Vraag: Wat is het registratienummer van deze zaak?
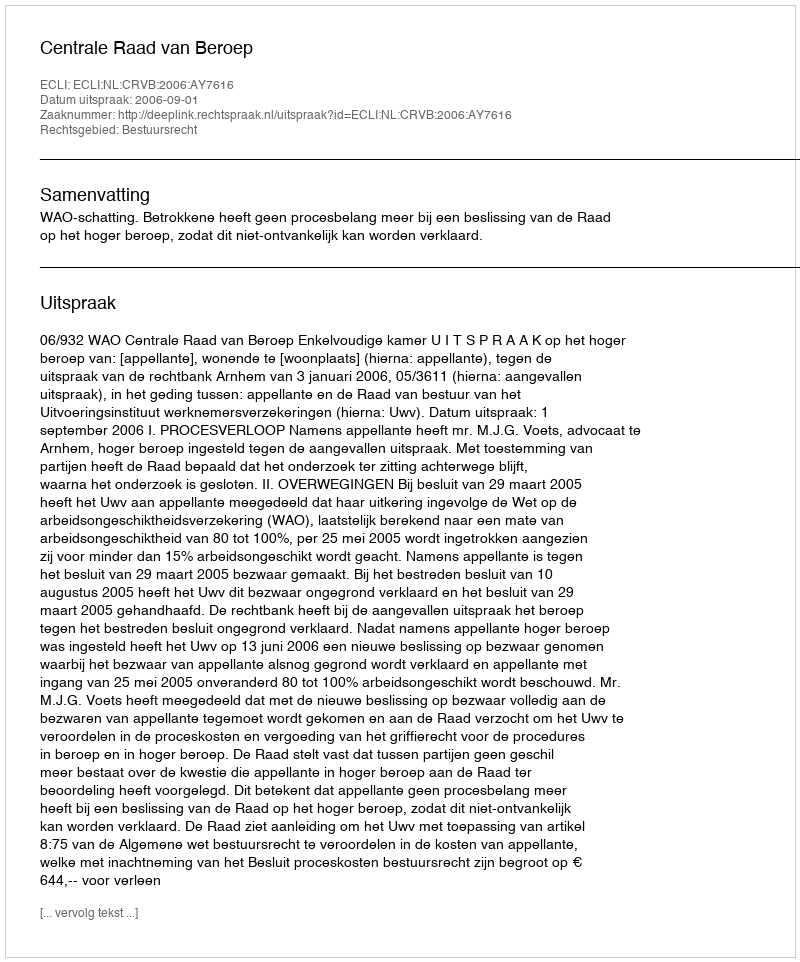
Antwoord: http://deeplink.rechtspraak.nl/uitspraak?id=ECLI:NL:CRVB:2006:AY7616